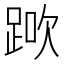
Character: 𨁰